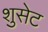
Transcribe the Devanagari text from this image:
शुसेट